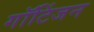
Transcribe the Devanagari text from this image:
गॉटिंजन